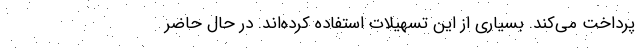
پرداخت می‌کند. بسیاری از این تسهیلات استفاده کرده‌اند. در حال حاضر